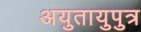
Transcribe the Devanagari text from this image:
अयुतायुपुत्र